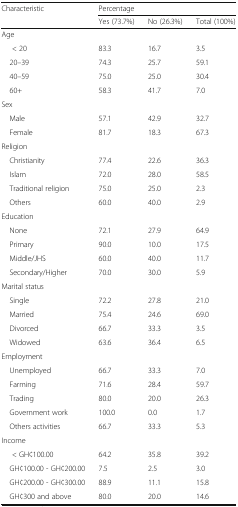
<table><thead><tr><td><b>Characteristic</b></td><td colspan="3"><b>Percentage</b></td></tr><tr><td></td><td><b>Yes (73.7%)</b></td><td><b>No (26.3%)</b></td><td><b>Total (100%)</b></td></tr></thead><tbody><tr><td colspan="4">Age</td></tr><tr><td>&lt; 20</td><td>83.3</td><td>16.7</td><td>3.5</td></tr><tr><td> 20–39</td><td>74.3</td><td>25.7</td><td>59.1</td></tr><tr><td> 40–59</td><td>75.0</td><td>25.0</td><td>30.4</td></tr><tr><td> 60+</td><td>58.3</td><td>41.7</td><td>7.0</td></tr><tr><td colspan="4">Sex</td></tr><tr><td> Male</td><td>57.1</td><td>42.9</td><td>32.7</td></tr><tr><td> Female</td><td>81.7</td><td>18.3</td><td>67.3</td></tr><tr><td colspan="4">Religion</td></tr><tr><td> Christianity</td><td>77.4</td><td>22.6</td><td>36.3</td></tr><tr><td> Islam</td><td>72.0</td><td>28.0</td><td>58.5</td></tr><tr><td> Traditional religion</td><td>75.0</td><td>25.0</td><td>2.3</td></tr><tr><td> Others</td><td>60.0</td><td>40.0</td><td>2.9</td></tr><tr><td colspan="4">Education</td></tr><tr><td> None</td><td>72.1</td><td>27.9</td><td>64.9</td></tr><tr><td> Primary</td><td>90.0</td><td>10.0</td><td>17.5</td></tr><tr><td> Middle/JHS</td><td>60.0</td><td>40.0</td><td>11.7</td></tr><tr><td> Secondary/Higher</td><td>70.0</td><td>30.0</td><td>5.9</td></tr><tr><td colspan="4">Marital status</td></tr><tr><td> Single</td><td>72.2</td><td>27.8</td><td>21.0</td></tr><tr><td> Married</td><td>75.4</td><td>24.6</td><td>69.0</td></tr><tr><td> Divorced</td><td>66.7</td><td>33.3</td><td>3.5</td></tr><tr><td> Widowed</td><td>63.6</td><td>36.4</td><td>6.5</td></tr><tr><td colspan="4">Employment</td></tr><tr><td> Unemployed</td><td>66.7</td><td>33.3</td><td>7.0</td></tr><tr><td> Farming</td><td>71.6</td><td>28.4</td><td>59.7</td></tr><tr><td> Trading</td><td>80.0</td><td>20.0</td><td>26.3</td></tr><tr><td> Government work</td><td>100.0</td><td>0.0</td><td>1.7</td></tr><tr><td> Others activities</td><td>66.7</td><td>33.3</td><td>5.3</td></tr><tr><td colspan="4">Income</td></tr><tr><td>&lt; GH¢100.00</td><td>64.2</td><td>35.8</td><td>39.2</td></tr><tr><td> GH¢100.00 - GH¢200.00</td><td>7.5</td><td>2.5</td><td>3.0</td></tr><tr><td> GH¢200.00 - GH¢300.00</td><td>88.9</td><td>11.1</td><td>15.8</td></tr><tr><td> GH¢300 and above</td><td>80.0</td><td>20.0</td><td>14.6</td></tr></tbody></table>